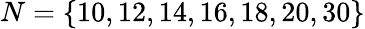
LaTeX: N=\{ 10,12,14,16,18,20,30\}